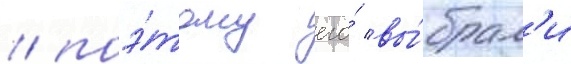
/ поэ́тому его́ вы́брал'и